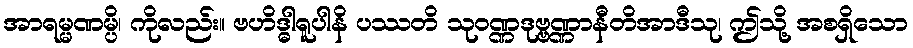
အာရမ္မဏမ္ပိ၊ ကိုလည်း။ ဗဟိဒ္ဓါရူပါနိ ပဿတိ သုဝဏ္ဏဒုဗ္ဗဏ္ဏာနီတိအာဒီသု၊ ဤသို့ အစရှိသော